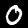
Label: 0